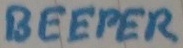
Text: BEEPER